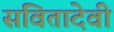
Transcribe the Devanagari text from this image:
सवितादेवी